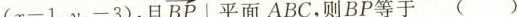
(x-1,y,-3),且 \overrightarrow{BP} \bot 平面ABC,则 \overrightarrow{BP}等于（）